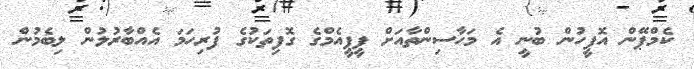
ކެމްޕޭން އޮފީހުން ބުނީ އެ މަހާސިންތާއަށް ޕީޕީއެމްގެ ގޮފިތަކުގެ ފުރިހަމަ އެއްބާރުލުން ލިބެމުން